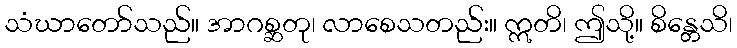
သံဃာတော်သည်။ အာဂစ္ဆတု၊ လာစေသတည်း။ ဣတိ၊ ဤသို့။ စိန္တေသိ၊